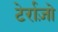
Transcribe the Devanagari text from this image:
टेर्राज़ो